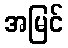
အမြင်